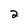
Character: 2